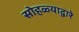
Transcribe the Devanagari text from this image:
सोहळ्याद्वारे